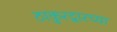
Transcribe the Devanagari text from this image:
ठाकुरद्वारच्या